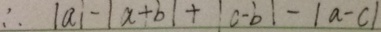
\therefore \vert a \vert - \vert a + b \vert + \vert c - b \vert - \vert a - c \vert